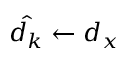
\hat { d _ { k } } \gets d _ { x }